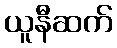
ယူနီဆက်